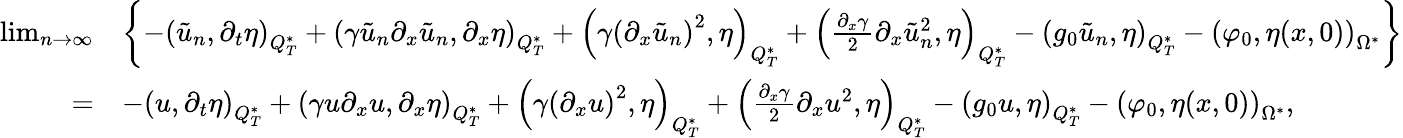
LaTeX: \begin{array}{rl}{\operatorname*{lim}_{n\rightarrow\infty}}&{\left\{ -\left(\tilde{u}_{n},\partial_{t}\eta\right)_{Q_{T}^{*}}+\left(\gamma\tilde{u}_{n}\partial_{x}\tilde{u}_{n},\partial_{x}\eta\right)_{Q_{T}^{*}}+\left(\gamma\left(\partial_{x}\tilde{u}_{n}\right)^{2},\eta\right)_{Q_{T}^{*}}+\left(\frac{\partial_{x}\gamma}{2}\partial_{x}\tilde{u}_{n}^{2},\eta\right)_{Q_{T}^{*}}-\left(g_{0}\tilde{u}_{n},\eta\right)_{Q_{T}^{*}}-\left(\varphi_{0},\eta(x,0)\right)_{\Omega^{*}}\right\} }\\ {=}&{-\left(u,\partial_{t}\eta\right)_{Q_{T}^{*}}+\left(\gamma u\partial_{x}u,\partial_{x}\eta\right)_{Q_{T}^{*}}+\left(\gamma\left(\partial_{x}u\right)^{2},\eta\right)_{Q_{T}^{*}}+\left(\frac{\partial_{x}\gamma}{2}\partial_{x}u^{2},\eta\right)_{Q_{T}^{*}}-\left(g_{0}u,\eta\right)_{Q_{T}^{*}}-\left(\varphi_{0},\eta(x,0)\right)_{\Omega^{*}},}\end{array}